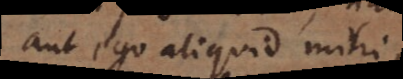
aut ego aliquid mihi,